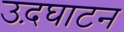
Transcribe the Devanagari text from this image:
उद़घाटन